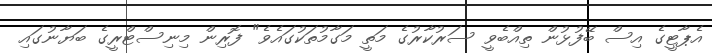
އެޕާޓީގެ އިސް ބޭފުޅުން ތިއްބެވީ ސަރުކާރުގެ މަތީ މަގާމުތަކުގައެވެ" ފޮރިން މިނިސްޓްރީގެ ބަޔާނުގައި